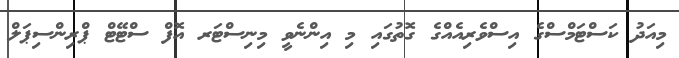
މިއަދު ކަސްޓަމްސްގެ އިސްވެރިއެއްގެ ގޮތުގައި މި އިންނެވީ މިނިސްޓަރ އޮފް ސްޓޭޓް ޕްރިންސިޕަލް